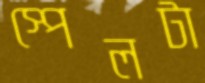
স্পেলটা